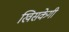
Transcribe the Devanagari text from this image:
खिसकेगी